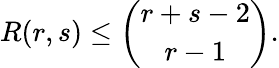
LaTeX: R(r,s)\leq{\binom{r+s-2}{r-1}}.